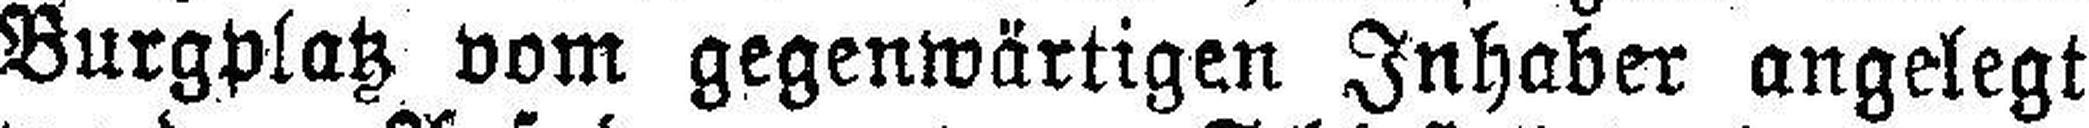
Burgplatz vom gegenwärtigen Inhaber angelegt